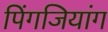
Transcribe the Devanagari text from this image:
पिंगजियांग